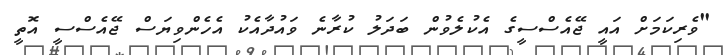
"ވެރިކަމަށް އައީ ޖޭއެސްސީގެ އެކުލެވުން ބަދަލު ކުރާނެ ވައުދާއެކު އެހެންވިޔަސް ޖޭއެސްސީ އޮތީ